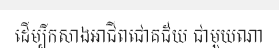
ដើម្បីកសាងអាជីពជោគជ័យ ជាមួយណា